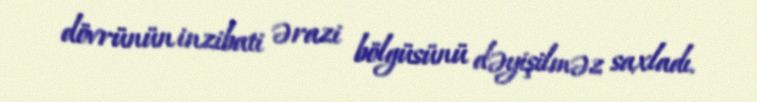
dövrünün inzibati ərazi bölgüsünü dəyişilməz saxladı.